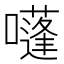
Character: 𡂫